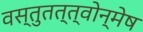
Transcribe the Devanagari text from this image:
वस्तुतत्त्वोन्मेष